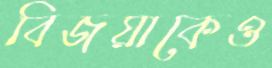
বিজয়াকেও